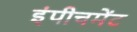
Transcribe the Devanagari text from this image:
इंपीचमेंट